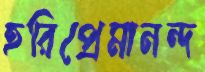
হরিপ্রেমানন্দ